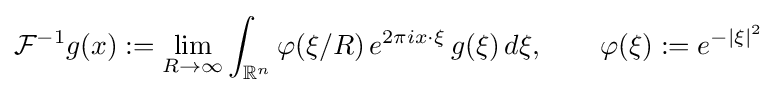
{\mathcal {F}}^{-1}g(x):=\lim _{R\to \infty }\int _{\mathbb {R} ^{n}}\varphi (\xi /R)\,e^{2\pi ix\cdot \xi }\,g(\xi )\,d\xi ,\qquad \varphi (\xi ):=e^{-\vert \xi \vert ^{2}}